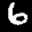
Label: 6